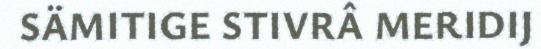
SÄMITIGE STIVRÂ MERIDIJ